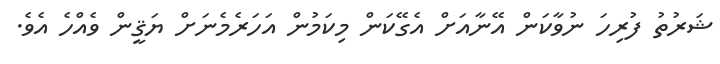
ޝަރުތު ފުރިހަ ނުވާކަން އޭނާއަށް އެގޭކަން މިކަމުން އަހަރެމެނަށް ޔަޤީން ވެއްހެ އެވެ.